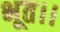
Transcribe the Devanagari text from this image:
भूत।।